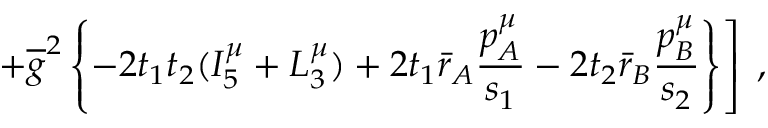
\left. + \overline { { g } } ^ { 2 } \left\{ - 2 t _ { 1 } t _ { 2 } ( { \cal I } _ { 5 } ^ { \mu } + { \cal L } _ { 3 } ^ { \mu } ) + 2 t _ { 1 } \bar { r } _ { A } \frac { p _ { A } ^ { \mu } } { s _ { 1 } } - 2 t _ { 2 } \bar { r } _ { B } \frac { p _ { B } ^ { \mu } } { s _ { 2 } } \right\} \right] \; ,